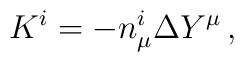
K^i = - n^i_{\mu} \Delta Y^\mu\,,